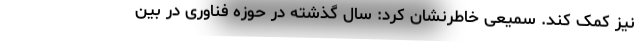
نیز کمک کند. سمیعی خاطرنشان کرد: سال گذشته در حوزه فناوری در بین